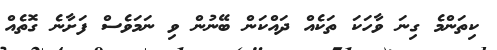
ކިތަންމެ ގިނަ ވާހަކަ ތަކެއް ދައްކަން ބޭނުން ވި ނަމަވެސް ފަށާނެ ގޮތެއް